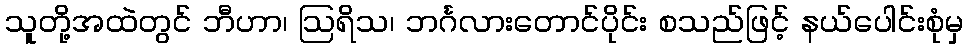
သူတို့အထဲတွင် ဘီဟာ၊ ဩရိသ၊ ဘင်္ဂလားတောင်ပိုင်း စသည်ဖြင့် နယ်ပေါင်းစုံမှ